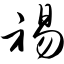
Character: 裼